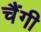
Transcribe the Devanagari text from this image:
चैंगी